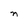
Character: n